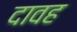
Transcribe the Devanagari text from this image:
दावह